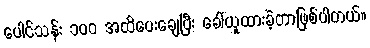
ပေါင်သန်း ၁၀၀ အထိပေးချေပြီး ခေါ်ယူထားခဲ့တာဖြစ်ပါတယ်။